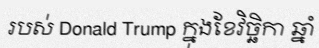
របស់ Donald Trump ក្នុងខែវិច្ឆិកា ឆ្នាំ